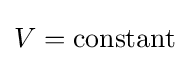
V=\mathrm {constant}